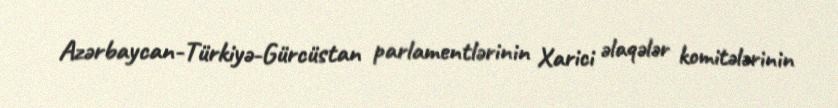
Azərbaycan-Türkiyə-Gürcüstan parlamentlərinin Xarici əlaqələr komitələrinin